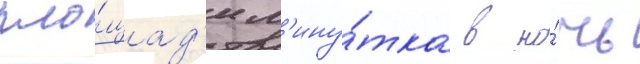
пло́щад'и м'ину́тка в но́чь